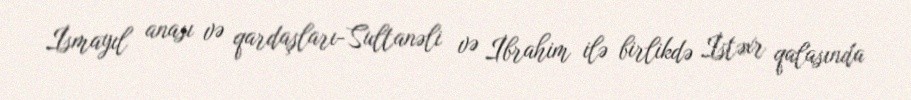
İsmayıl anası və qardaşları-Sultanəli və İbrahim ilə birlikdə İstəxr qalasında